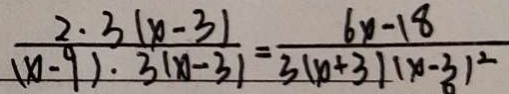
\frac { 2 \cdot 3 ( x - 3 ) } { ( x - 9 ) \cdot 3 ( x - 3 ) } = \frac { 6 x - 1 8 } { 3 ( x + 3 ) ( x - 3 ) ^ { 2 } }